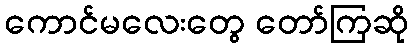
ကောင်မလေးတွေ တော်ကြဆို